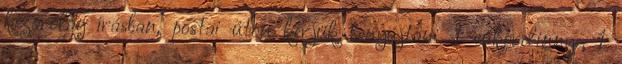
kizárólag írásban, postai úton kérjük benyújtani. 1 cukordinnye, 1